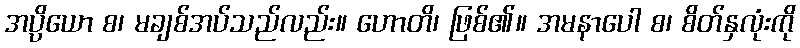
အပ္ပိယော စ၊ မချစ်အပ်သည်လည်း။ ဟောတိ၊ ဖြစ်၏။ အမနာပေါ စ၊ စိတ်နှလုံးကို